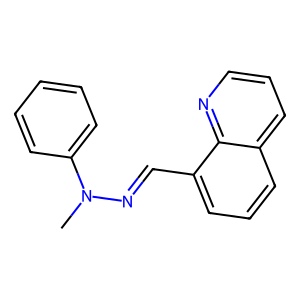
SMILES: CN(N=Cc1cccc2cccnc12)c1ccccc1
Inhibits HIV replication: No